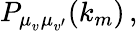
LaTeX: P_{\mu_{v^{\vphantom{\prime}}}\mu_{v^{\prime}}}(k_{m})\, ,